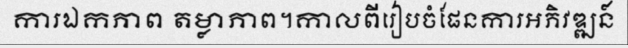
ការឯកភាព តម្លាភាព។កាលពីរៀបចំផែនការអភិវឌ្ឍន៍